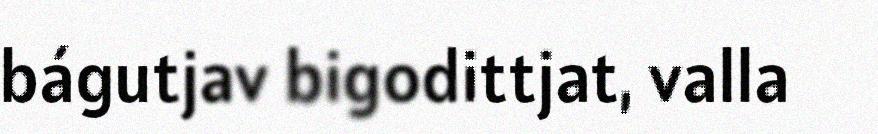
bágutjav bigodittjat, valla